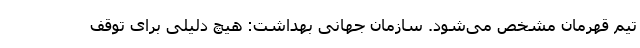
تیم قهرمان مشخص می‌شود. سازمان جهانی بهداشت: هیچ دلیلی برای توقف